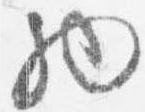
物